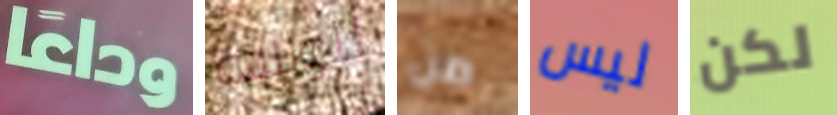
وداعا للولادة من ليس لكن